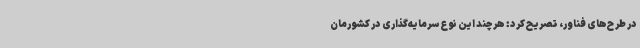
در طرح‌های فناور، تصریح کرد: هرچند این نوع سرمایه‌گذاری در کشورمان